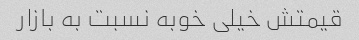
قیمتش خیلی خوبه نسبت به بازار